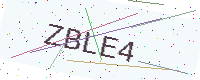
Text: ZBLE4